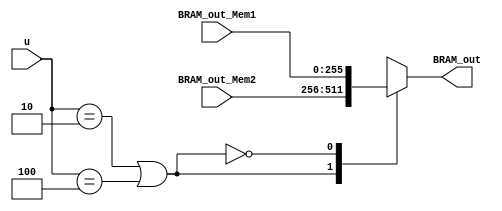
module mux_input_2_1_L9  #(parameter N_adder_tree=16)(BRAM_out,BRAM_out_Mem1,BRAM_out_Mem2,u);

  output reg  [N_adder_tree*16-1:0] BRAM_out;
  input  [N_adder_tree*16-1:0] BRAM_out_Mem1,BRAM_out_Mem2;
  input [2:0] u;

always@(*)

	case(u==2||u==4)
		1'b1: BRAM_out=BRAM_out_Mem2;
		1'b0: BRAM_out=BRAM_out_Mem1;
	endcase	
endmodule